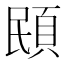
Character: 䪸